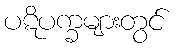
ပဋိပက္ခများတွင်